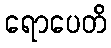
ရောပေတိ